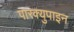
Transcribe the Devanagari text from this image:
पारक्युपाइन